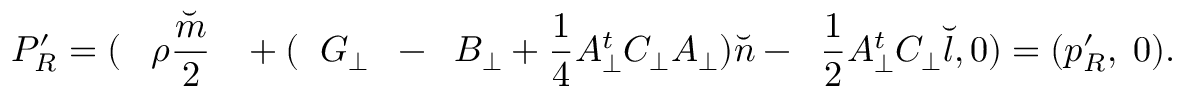
P _ { R } ^ { \prime } = ( \; \; \; { \rho } \frac { \breve { m } } { 2 } \; \; \; + ( \; \; G _ { \bot } \; \; - \; \; B _ { \bot } + \frac { 1 } { 4 } A _ { \bot } ^ { t } C _ { \bot } A _ { \bot } ) { \breve { n } } - \; \; \frac { 1 } { 2 } A _ { \bot } ^ { t } C _ { \bot } { \breve { l } } , 0 ) = ( p _ { R } ^ { \prime } , \; 0 ) .